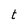
Character: t